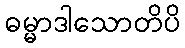
ဓမ္မာဒါသောတိပိ